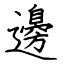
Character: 邊